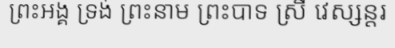
ព្រះអង្គ ទ្រង់ ព្រះនាម ព្រះបាទ ស្រី វេស្សន្តរ